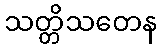
သတ္တိသတေန